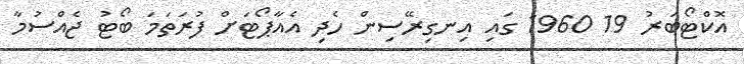
އޮކްޓޯބަރު 19 1960 ގައި އިނގިރޭސިން ހެދި އެއާޕޯޓަށް ފުރަތަމަ ބޯޓު ޖެއްސުމާ